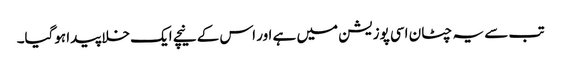
تب سے یہ چٹان اسی پوزیشن میں ہے اور اس کے نیچے ایک خلا پیدا ہوگیا۔